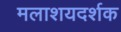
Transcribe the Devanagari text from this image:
मलाशयदर्शक